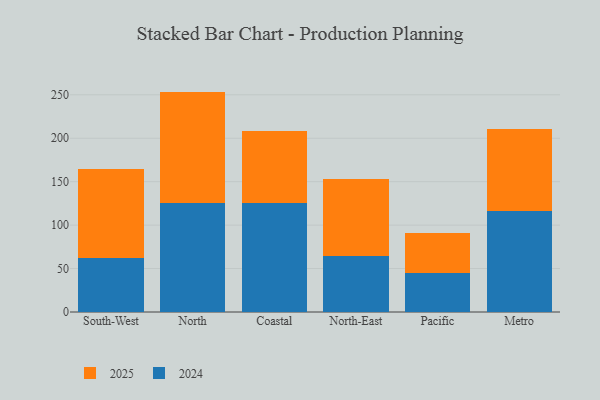
{"axis": {"x": "Region", "y": "Customer Acquisition Cost (USD)"}, "legend": ["2024", "2025"], "data": [{"x": "South-West", "y": 101.7, "type": "2025"}, {"x": "South-West", "y": 62.7, "type": "2024"}, {"x": "North", "y": 128.1, "type": "2025"}, {"x": "North", "y": 125.6, "type": "2024"}, {"x": "Coastal", "y": 83.3, "type": "2025"}, {"x": "Coastal", "y": 125.2, "type": "2024"}, {"x": "North-East", "y": 88.2, "type": "2025"}, {"x": "North-East", "y": 65.0, "type": "2024"}, {"x": "Pacific", "y": 45.8, "type": "2025"}, {"x": "Pacific", "y": 45.2, "type": "2024"}, {"x": "Metro", "y": 94.4, "type": "2025"}, {"x": "Metro", "y": 116.5, "type": "2024"}]}